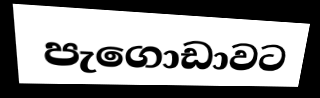
පැගොඩාවට